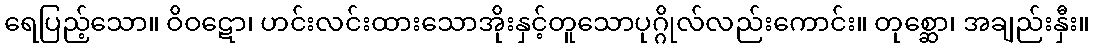
ရေပြည့်သော။ ဝိဝဋော၊ ဟင်းလင်းထားသောအိုးနှင့်တူသောပုဂ္ဂိုလ်လည်းကောင်း။ တုစ္ဆော၊ အချည်းနှီး။